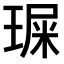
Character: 𤧁